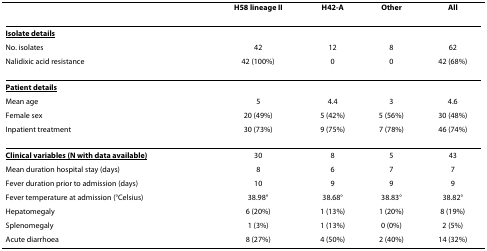
|  | H58 lineage II | H42-A | Other | All |
 | --- | --- | --- | --- | --- |
 | <underline>Isolate details</underline> |  |  |  |  |
 | No. isolates | 42 | 12 | 8 | 62 |
 | Nalidixic acid resistance | 42 (100%) | 0 | 0 | 42 (68%) |
 | <underline>Patient details</underline> |  |  |  |  |
 | Mean age | 5 | 4.4 | 3 | 4.6 |
 | Female sex | 20 (49%) | 5 (42%) | 5 (56%) | 30 (48%) |
 | Inpatient treatment | 30 (73%) | 9 (75%) | 7 (78%) | 46 (74%) |
 | <underline>Clinical variables (N with data available)</underline> | 30 | 8 | 5 | 43 |
 | Mean duration hospital stay (days) | 8 | 6 | 7 | 7 |
 | Fever duration prior to admission (days) | 10 | 9 | 9 | 9 |
 | Fever temperature at admission (°Celsius) | 38.98° | 38.68° | 38.83° | 38.82° |
 | Hepatomegaly | 6 (20%) | 1 (13%) | 1 (20%) | 8 (19%) |
 | Splenomegaly | 1 (3%) | 1 (13%) | 0 (0%) | 2 (5%) |
 | Acute diarrhoea | 8 (27%) | 4 (50%) | 2 (40%) | 14 (32%) |